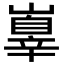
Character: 𡽕